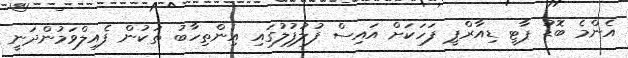
އެންމެ ބޮޑު ޕާޓީ ޑިއާރްޕީ ފަހަކަށް އައިސް ފުލުފުލުގައި އިންތިހާބު ތަކުން ފެއިލްވަމުންދަނީ